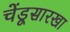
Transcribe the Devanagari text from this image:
चेंडूसारखा